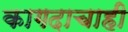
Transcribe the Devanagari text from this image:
कागदाचाही